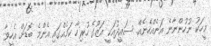
މީހަކު ނުހުންނާނެ އަނެއްހެނެއް. ސައީދުއަކީ އަޒޫގެ ހުރިހާ ކަމެއްގައި އެންމެ ބޮޑަށް އެހީވާ